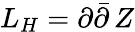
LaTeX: L_{H}=\partial\bar{\partial}\, Z